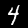
Label: 4